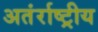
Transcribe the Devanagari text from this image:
अतंर्राष्ट्रीय